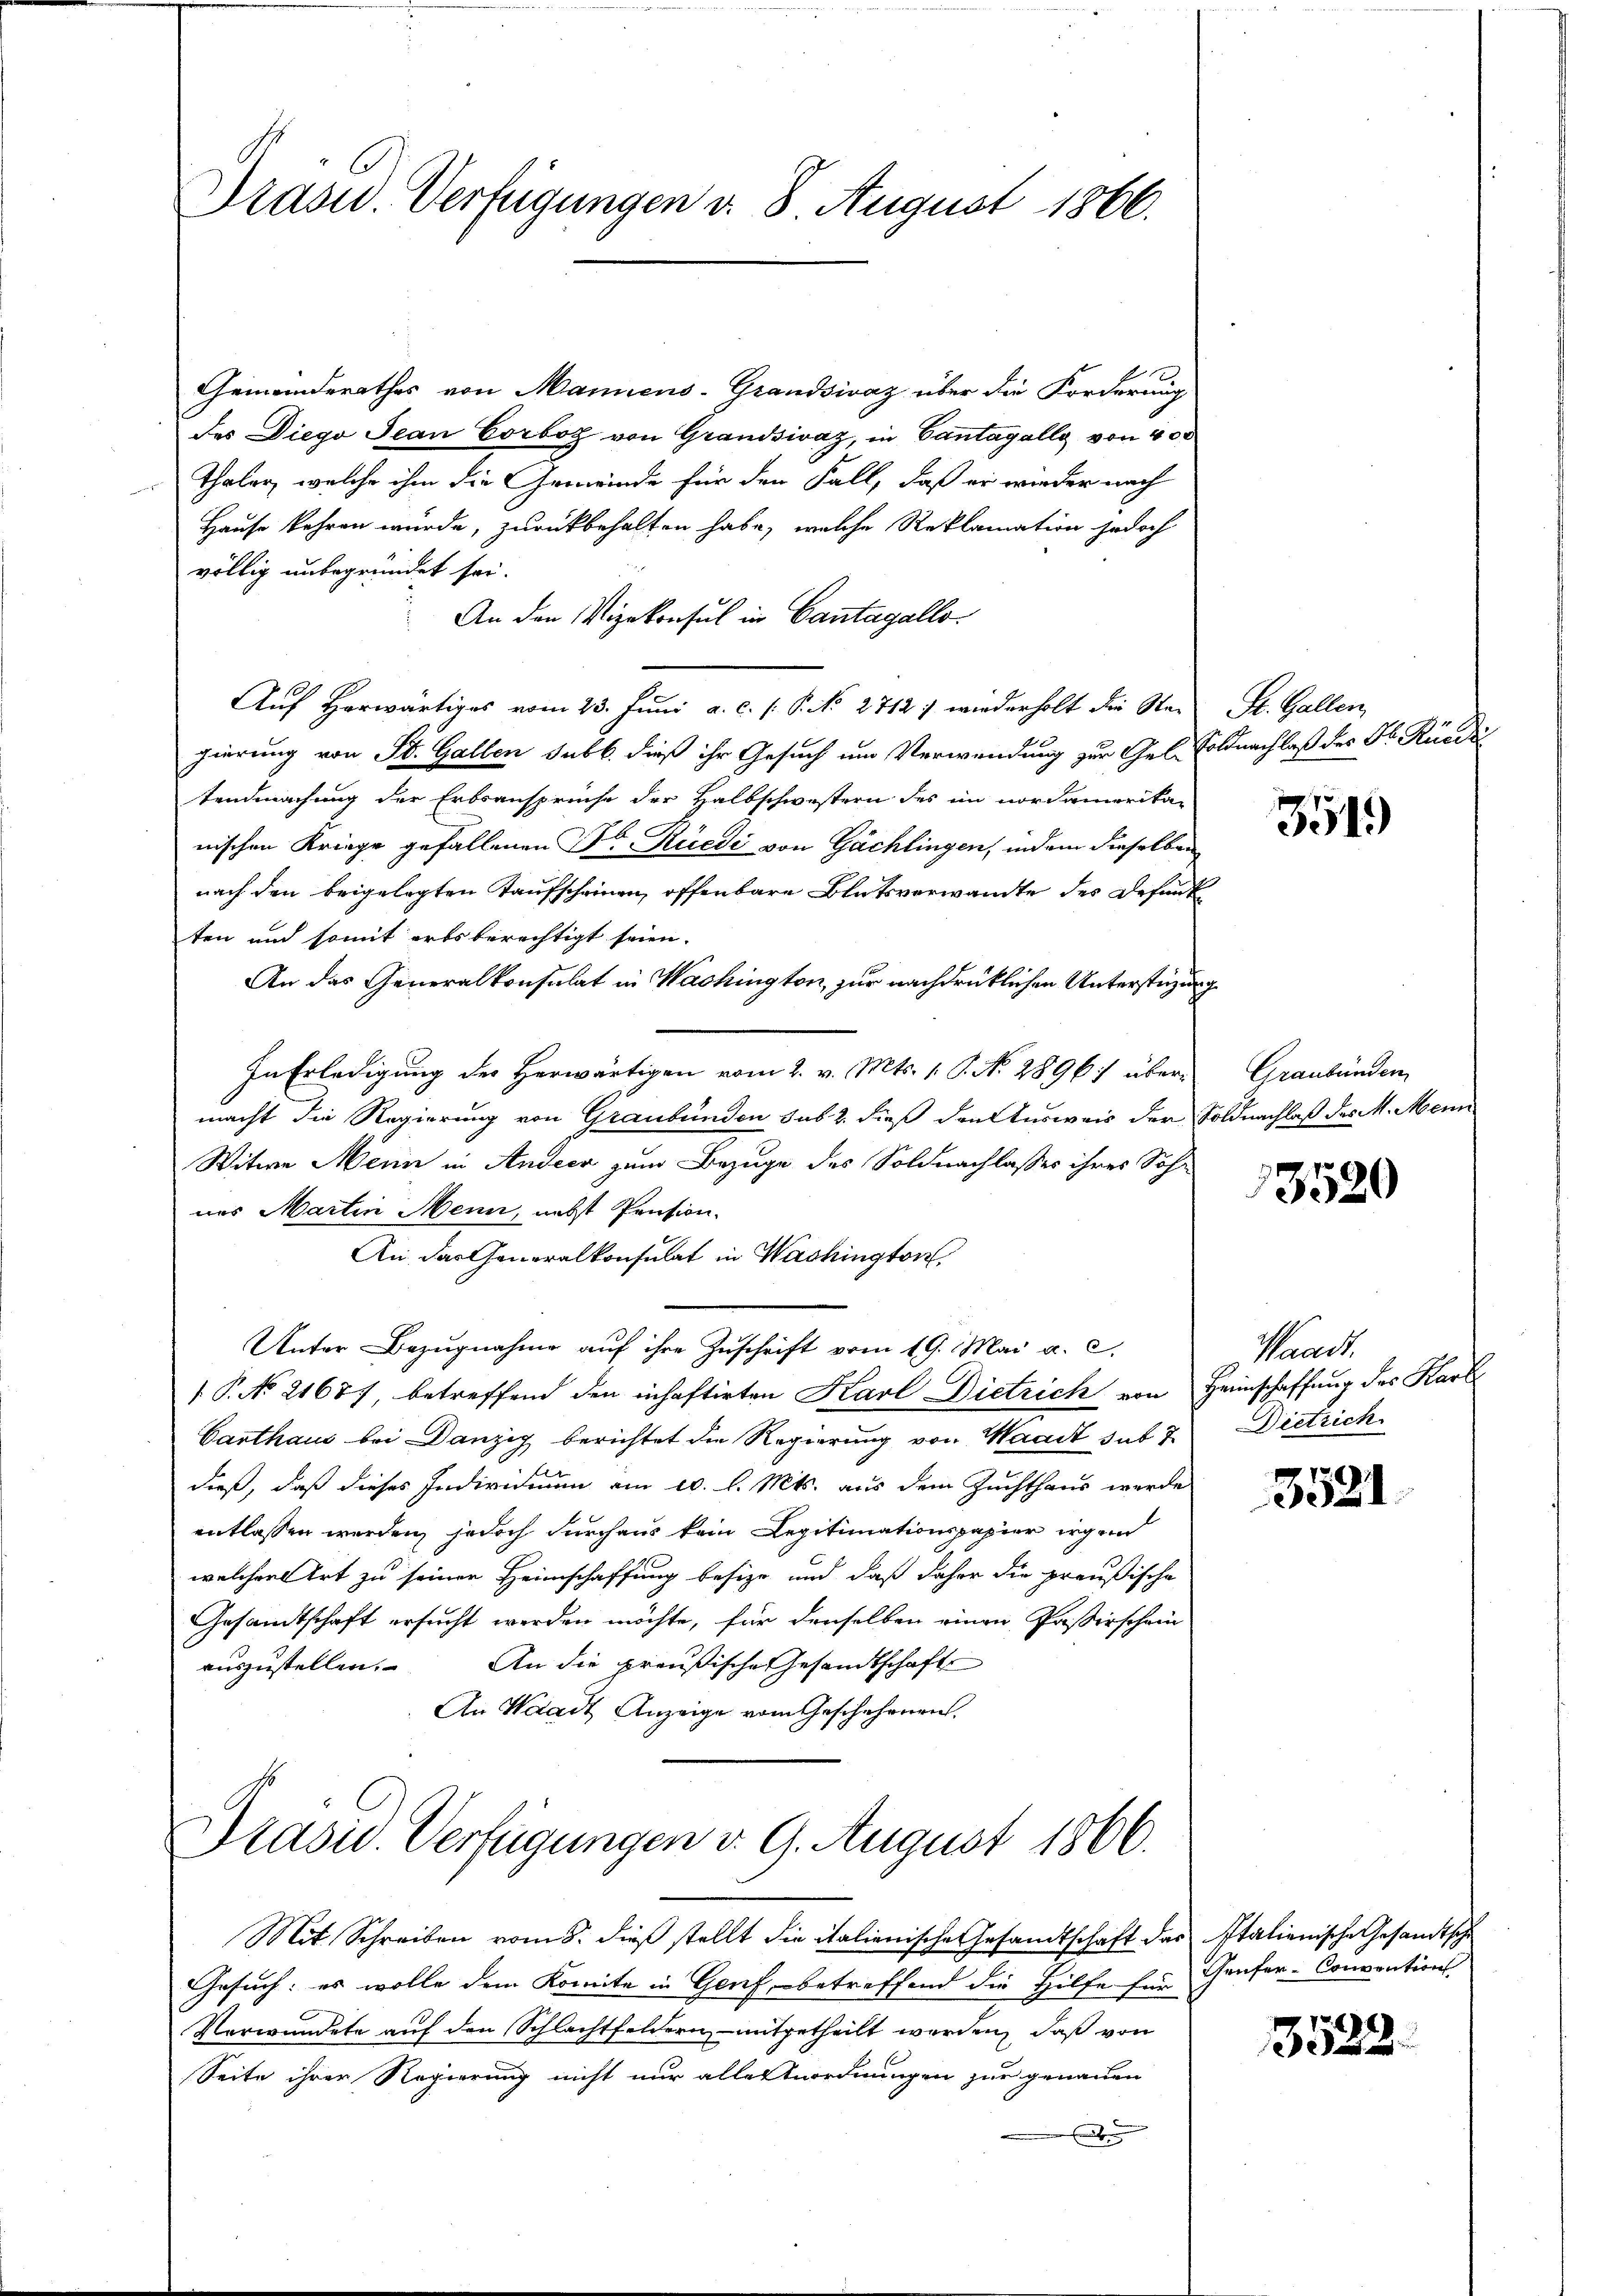
Präsid. Verfügungen d. 8 August 1866.

Gemeinderathes von Mannens-Grandsivaz über die Forderung
des Diego Jean Corboz von Grandsivaz, in Cantagally von 400
Thaler, welche ihm die Gemeinde für den Fall, daß er wieder nach
Hause kehren wurde, zurückbehalten habe, welche Reklamation jedoch
völlig unbegründet sei.
An den Vizekonsul in Cantagallo
Aŭf herwärtiges vom 23. Juni a. c. s. P. No. 2712. wiederholt die Ste- St. Gallen,
gierung von St. Gallen sub b. dieß ihr Gesuch um Verwendung zur Gel Soldnachlaß des Fr. Rüede
tendmachung der Erbsansprüche der Halbschwestern des im nordamerika-
nischen Kriege gefallenen Dr. Rüedi von Gächlingen, indem dieselben
nach den beigelegten Taufscheinen, offenbare Blutsverwandte des Befund
ten und somit erbs berechtigt seien.
An das Generalkonsulat in Wachington, zur nachdrücklichen Unterstüzung
In Erledigung des Herwärtigen vom 2. v. Mts. 1. P. N. 2896) übermacht die Regierung von Graubünden sus 2. dieß den Ausweis der Soldnachlaß des M. Mein
Witwe Mein in Andeer zum Bezuge des Soldnachlasses ihres Sohn
nes Martin Menn, nebst Pension.
An das Generalkonsulat in Washington
Unter Bezugnahme auf ihre Zuschrift vom 19. Mai a. c.
 P. No 21687 betreffend den inhaftirten Karl Dietrich von Heimschaffung des Karl
Carthaus bei Danzig berichtet die Regierung von Waadt sub 2. Dietrich
dieß, daß dieses Individuum am 10. l. Mts. aus dem Zuchthaus werde
entlassen werden, jedoch durchaus kein Legitimationspapier irgen
welchen Ort zu seiner Heimschaffung besize und daß daher die preußische
Gesamtschaft ersucht werden möchte, für denselben einen Paßirschein
An die preußische Gesandtschaft
auszustellen.
An Waadt Anzeige vom Geschehenen

Präsid. Verfügungen v. 9. August 1866.

Mit Schreiben vom 8. dieß stellt die italienische Gesandtschaft das Italienische Gesandtsche
Gesuch: es wolle dem Komite in Genf betreffend die Hilfe Ein Genfer-Conventions
Verwundete auf den Schlachtfeldern mitgetheilt werden, daß von
Seite ihrer Regierung nicht nur aller Anordnungen zur genauen

3519

Graubünden

3520

Waadt.

3521

3523.